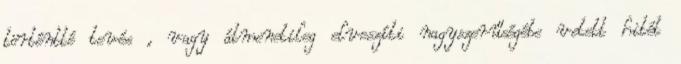
történtté tevés , vagy átmenetileg elveszíti nagyszerűségébe vetett hitét